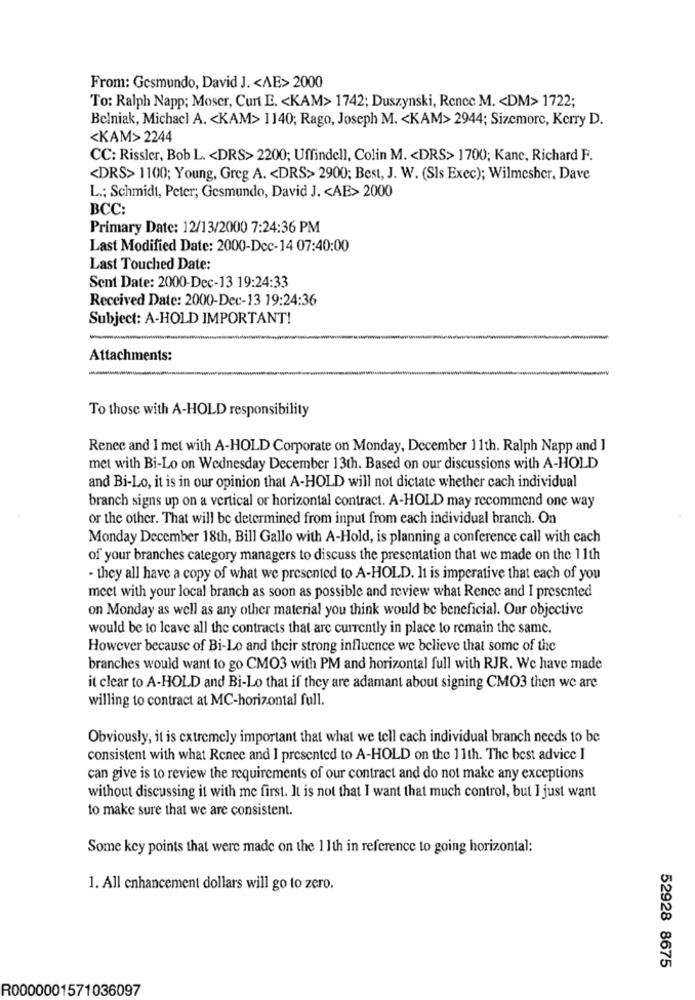
From: Gesmundo, David J. < AE> 2000
To: Ralph Napp; Moser, Curt E. < KAM> 1742; Duszynski, Rence M. < DM> 1722;
Belniak, Michacl A. < KAM> 1140; Rago, Joseph M. < KAM> 2944; Sizemore, Kerry D.
<KAM> 2244
CC: Rissler, Bob L. < DRS> 2200; Uffindell, Colin M. < DRS>1700; Kanc, Richard F.
<DRS> 1100; Young, Greg A. < DRS> 2900; Best, J. W. (Sls Exec); Wilmesher, Dave
L .: Schmidt, Peter; Gesmundo, David J. < AE>2000
BCC:
Primary Date: 12/13/2000 7:24:36 PM
Last Modified Date: 2000-Dec-14 07:40:00
Last Touched Date:
Sent Date: 2000-Dec-13 19:24:33
Received Date: 2000-Dec-13 19:24:36
Subject: A-HOLD IMPORTANT!
Attachments:
To those with A-HOLD responsibility
Renee and I met with A-HOLD Corporate on Monday, December 11th. Ralph Napp and ]
met with Bi-Lo on Wednesday December 13th. Based on our discussions with A-HOLD
and Bi-Lo, it is in our opinion that A-HOLD will not dictate whether cach individual
branch signs up on a vertical or horizontal contract. A-HOLD may recommend one way
or the other. That will be determined from input from each individual branch. On
Monday December 18th, Bill Gallo with A-Hold, is planning a conference call with cach
of your branches category managers to discuss the presentation that we made on the 11th
- they all have a copy of what we presented to A-HOLD. It is imperative that each of you
meet with your local branch as soon as possible and review what Renee and I presented
on Monday as well as any other material you think would be beneficial. Our objective
would be to leave all the contracts that are currently in place to remain the same.
However because of Bi-Lo and their strong influence we believe that some of the
branches would want to go CMO3 with PM and horizontal full with RJR. We have made
it clear to A-HOLD and Bi-Lo that if they are adamant about signing CMO3 then we are
willing to contract at MC-horizontal full.
Obviously, it is extremely important that what we tell cach individual branch needs to be
consistent with what Renee and 1 presented to A-HOLD on the 11th. The best advice I
can give is to review the requirements of our contract and do not make any exceptions
without discussing it with me first. It is not that I want that much control, but I just want
to make sure that we are consistent.
Some key points that were made on the 1 1th in reference to going horizontal:
1. All enhancement dollars will go to zero.
52928 8675
R0000001571036097